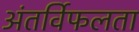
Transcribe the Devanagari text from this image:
अंतर्विफलता